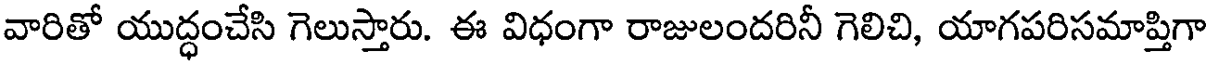
వారితో యుద్ధంచేసి గెలుస్తారు. ఈ విధంగా రాజులందరినీ గెలిచి, యాగపరిసమాప్తిగా